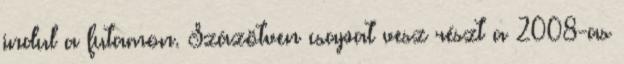
indul a futamon. Százötven csapat vesz részt a 2008-as